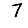
Digit: 7